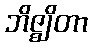
ဘိဇ္ဈိတာ